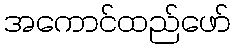
အကောင်ထည်ဖော်